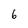
Character: 6